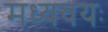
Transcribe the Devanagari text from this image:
मध्यवयः